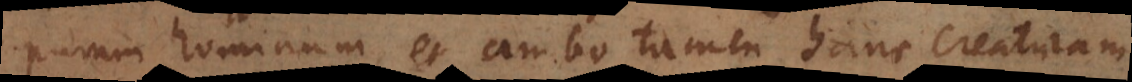
puram hominum, et ambo tamen hanc creaturam